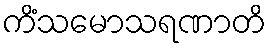
ကိံသမောသရဏာတိ